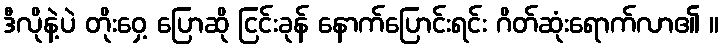
ဒီလိုနဲ့ပဲ တိုးဝှေ့ ပြောဆို ငြင်းခုန် နောက်ပြောင်းရင်း ဂိတ်ဆုံးရောက်လာ၏ ။